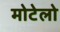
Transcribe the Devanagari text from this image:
मोटेलो